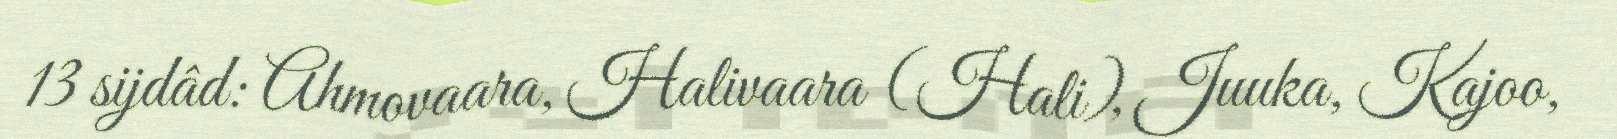
13 sijdâd: Ahmovaara, Halivaara (Hali), Juuka, Kajoo,